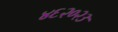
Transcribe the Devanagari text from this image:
४६२०२३